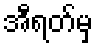
အီရတ်မှ